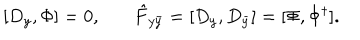
[ D _ { y } , \Phi ] = 0 , ~ \hat { F } _ { y \bar { y } } = [ D _ { y } , D _ { \bar { y } } ] = [ \Phi , \Phi ^ { \dagger } ] .